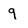
Character: 9